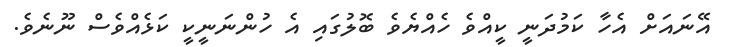
އޭނައަށް އެހާ ކަމުދަނީ ކީއްވެ ހެއްޔެވެ ބޮލުގައި އެ ހުންނަނީކީ ކަޅެއްވެސް ނޫނެވެ.